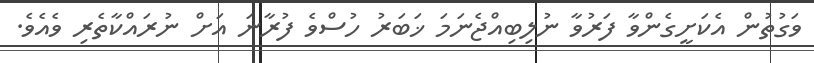
ވަގުތުން އެކަށީގެންވާ ފަރުވާ ނުލިބިއްޖެނަމަ ޚަބަރު ހުސްވެ ފުރާނަ އަށް ނުރައްކާތެރި ވެއެވެ.